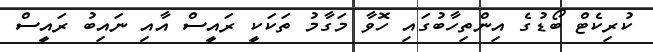
ކުރިކެޓް ބޯޑުގެ އިންތިހާބުގައި ހޮވާ މަގާމު ތަކަކީ ރައީސް އާއި ނައިބު ރައީސް